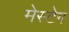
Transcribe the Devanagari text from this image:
मेस्टेग